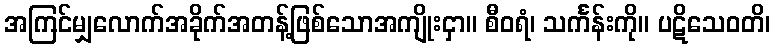
အကြင်မျှလောက်အခိုက်အတန့်ဖြစ်သောအကျိုးငှာ။ စီဝရံ၊ သင်္ကန်းကို။ ပဋိသေဝတိ၊